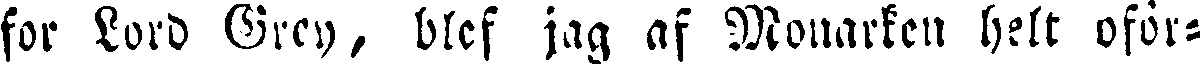
for Lord Grey, blef jag af Monarken hett oför-